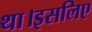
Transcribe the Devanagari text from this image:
था।इसलिए